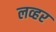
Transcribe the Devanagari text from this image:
लव्हर